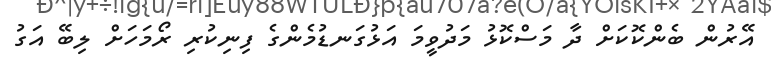
އޭރުން ބެންކޮކަށް ދާ މަސްކޮޅު މަދުވީމަ އަޅުގަނޑުމެންގެ ފިނިކުރި ރޯމަހަށް ލިބޭ އަގު